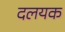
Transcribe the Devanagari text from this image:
दलयक